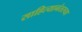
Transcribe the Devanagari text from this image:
साहित्यानंतरच्या